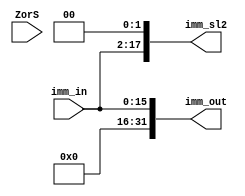
module ImmediateExtend(imm_in,ZorS,imm_out,imm_sl2);
input [15:0] imm_in;
input ZorS;
output reg [31:0] imm_out;
output reg [17:0] imm_sl2;

always @(imm_in)
begin
	case(ZorS)
	0: imm_out={16'b0000000000000000,imm_in};
	1: begin
		imm_out={imm_in,16'b0000000000000000};
		imm_out=imm_out>>>16;
	end
	endcase
	imm_sl2={imm_in,2'b00};
end

endmodule